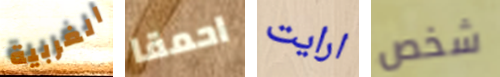
الغربية احمقا ارايت شخص